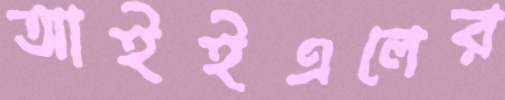
আইইএলের